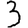
Digit: 3